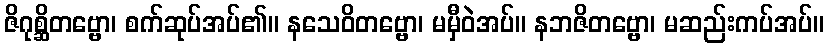
ဇိဂုစ္ဆိတဗ္ဗော၊ စက်ဆုပ်အပ်၏။ နသေဝိတဗ္ဗော၊ မမှီဝဲအပ်။ နဘဇိတဗ္ဗော၊ မဆည်းကပ်အပ်။